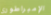
الإمبراطوري